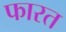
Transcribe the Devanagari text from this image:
फारत